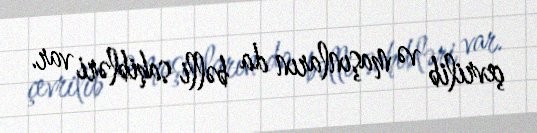
çevrilib və maşınların da bəlli sahibləri var.